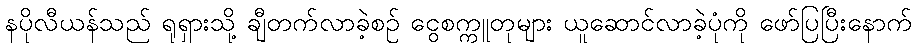
နပိုလီယန်သည် ရုရှားသို့ ချီတက်လာခဲ့စဉ် ငွေစက္ကူတုများ ယူဆောင်လာခဲ့ပုံကို ဖော်ပြပြီးနောက်